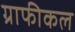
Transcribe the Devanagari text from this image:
ग्राफीकल